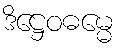
ဒိဋ္ဌေဝဓမ္မေ